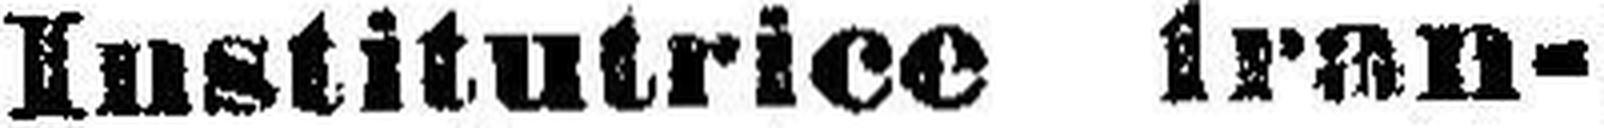
Institutrice fran¬